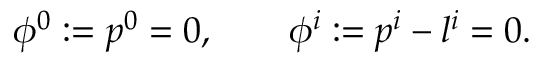
\phi ^ { 0 } : = p ^ { 0 } = 0 , \qquad \phi ^ { i } : = p ^ { i } - l ^ { i } = 0 .